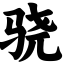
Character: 骁